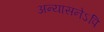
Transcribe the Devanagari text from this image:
अन्यासनेऽपि